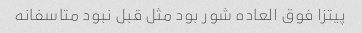
پیتزا فوق العاده شور بود مثل قبل نبود متاسفانه